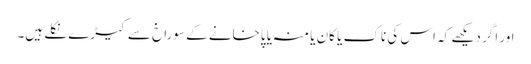
اور اگر دیکھے کہ اس کی ناک یا کان یا منہ یا پاخانے کے سوراخ سے کیڑے نکلے ہیں۔